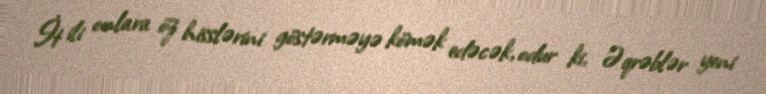
İt ili onlara öz hisslərini göstərməyə kömək edəcək, odur ki, Əqrəblər yeni